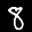
Label: 8